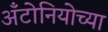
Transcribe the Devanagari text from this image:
अँटोनियोच्या